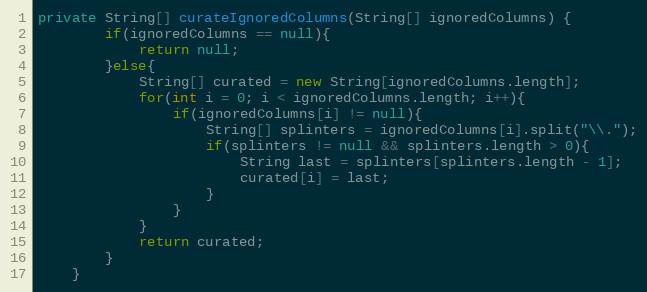
Language: Java
private String[] curateIgnoredColumns(String[] ignoredColumns) {
		if(ignoredColumns == null){
			return null;
		}else{
			String[] curated = new String[ignoredColumns.length];
			for(int i = 0; i < ignoredColumns.length; i++){
				if(ignoredColumns[i] != null){
					String[] splinters = ignoredColumns[i].split("\\.");
					if(splinters != null && splinters.length > 0){
						String last = splinters[splinters.length - 1];
						curated[i] = last;
					}
				}
			}
			return curated;
		}
	}